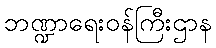
ဘဏ္ဍာရေးဝန်ကြီးဌာန